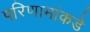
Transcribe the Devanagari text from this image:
परिणामांकडे